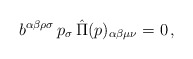
\begin{align*}b^{\alpha\beta\rho\sigma}\,p_{\sigma}\,\hat{\Pi}(p)_{\alpha\beta\mu\nu}=0\,,\end{align*}